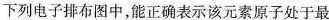
下列电子排布图中，能正确表示该元素原子处于最